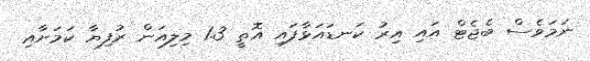
ނަމަވެސް ބެޖެޓް އައި އިރު ކަނޑައަޅާފައި އޮތީ 1.3 މިލިއަން ރުފިޔާ ކަމަށާއި